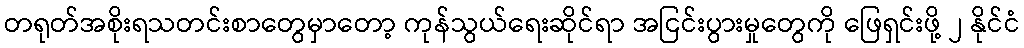
တရုတ်အစိုးရသတင်းစာတွေမှာတော့ ကုန်သွယ်ရေးဆိုင်ရာ အငြင်းပွားမှုတွေကို ဖြေရှင်းဖို့ ၂ နိုင်ငံ